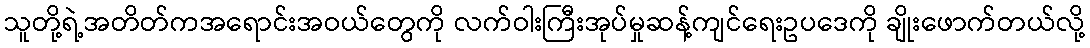
သူတို့ရဲ့အတိတ်ကအရောင်းအဝယ်တွေကို လက်ဝါးကြီးအုပ်မှုဆန့်ကျင်ရေးဥပဒေကို ချိုးဖောက်တယ်လို့